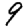
Digit: 9